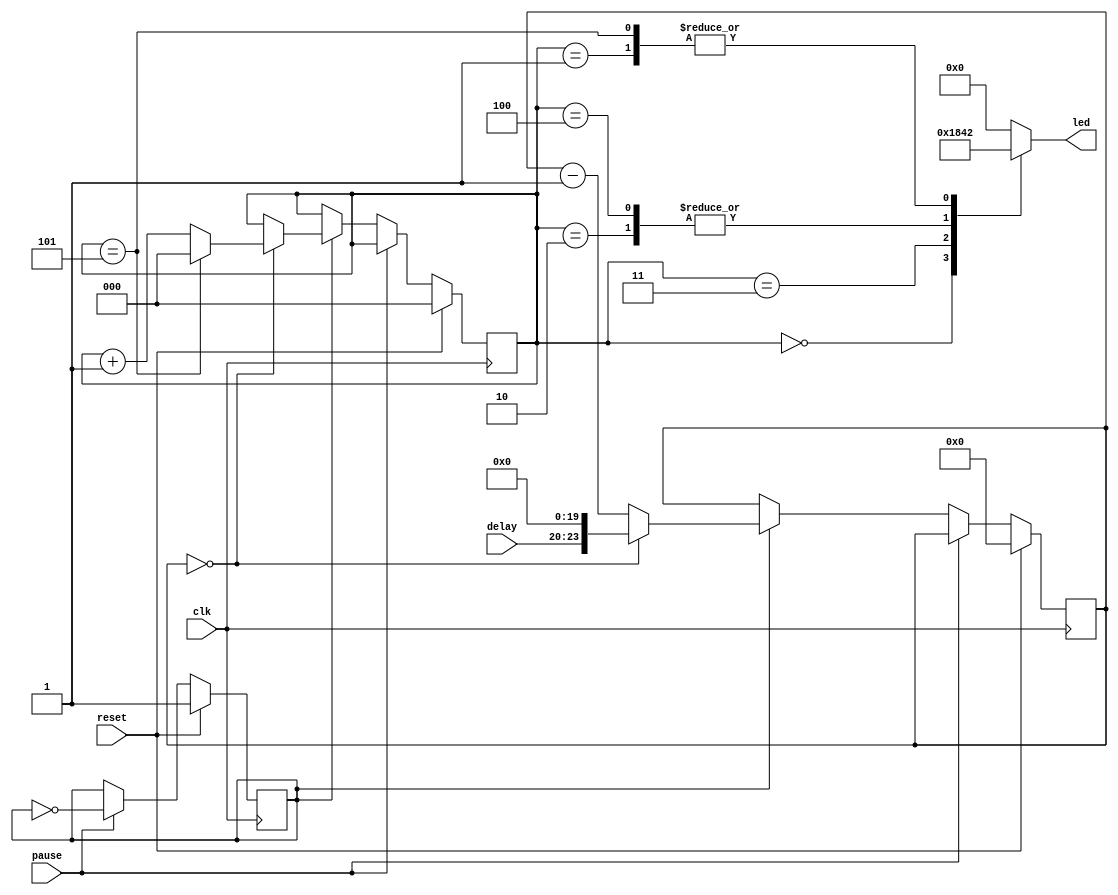
module blinker (
    input clk,
    input [3:0] delay,
    output reg [3:0] led,
    input reset,
    input pause
);

reg [23:0] count = 24'b0;
reg [2:0] pos = 3'b000;
reg running = 1'b1;

always @(pos) begin
    case (pos)
        3'b000: led <= 4'b0001;
        3'b001: led <= 4'b0010;
        3'b010: led <= 4'b0100;
        3'b011: led <= 4'b1000;
        3'b100: led <= 4'b0100;
        3'b101: led <= 4'b0010;
        default: led <= 4'b0000;
    endcase
end

always @(posedge clk) begin
    if (reset) begin
        count <= 24'b0;
        pos <= 3'b000;
        running <= 1'b1;
    end else if (pause) begin
        running <= !running;
    end else if (running) begin
        if (count == 24'b0) begin
            count <= {delay, 20'b0};
            if (pos == 3'b101)
                pos <= 3'b000;
            else
                pos <= pos + 1'b1;
        end else begin
            count <= count - 1'b1;
        end
    end
end

endmodule